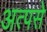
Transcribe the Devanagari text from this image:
अत्पसे